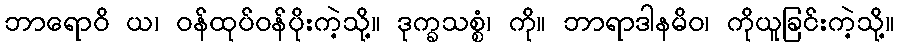
ဘာရောဝိ ယ၊ ဝန်ထုပ်ဝန်ပိုးကဲ့သို့။ ဒုက္ခသစ္စံ၊ ကို။ ဘာရာဒါနမိဝ၊ ကိုယူခြင်းကဲ့သို့။